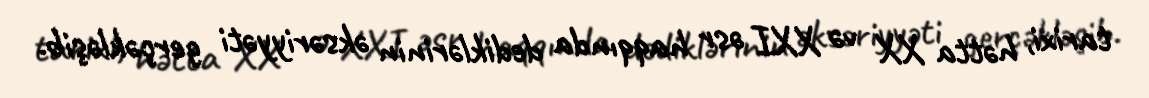
tarixi, hətta XX və XXI əsr haqqında dediklərinin əksəriyyəti gerçəkləşib.